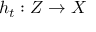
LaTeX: h _ { t } : Z \to X